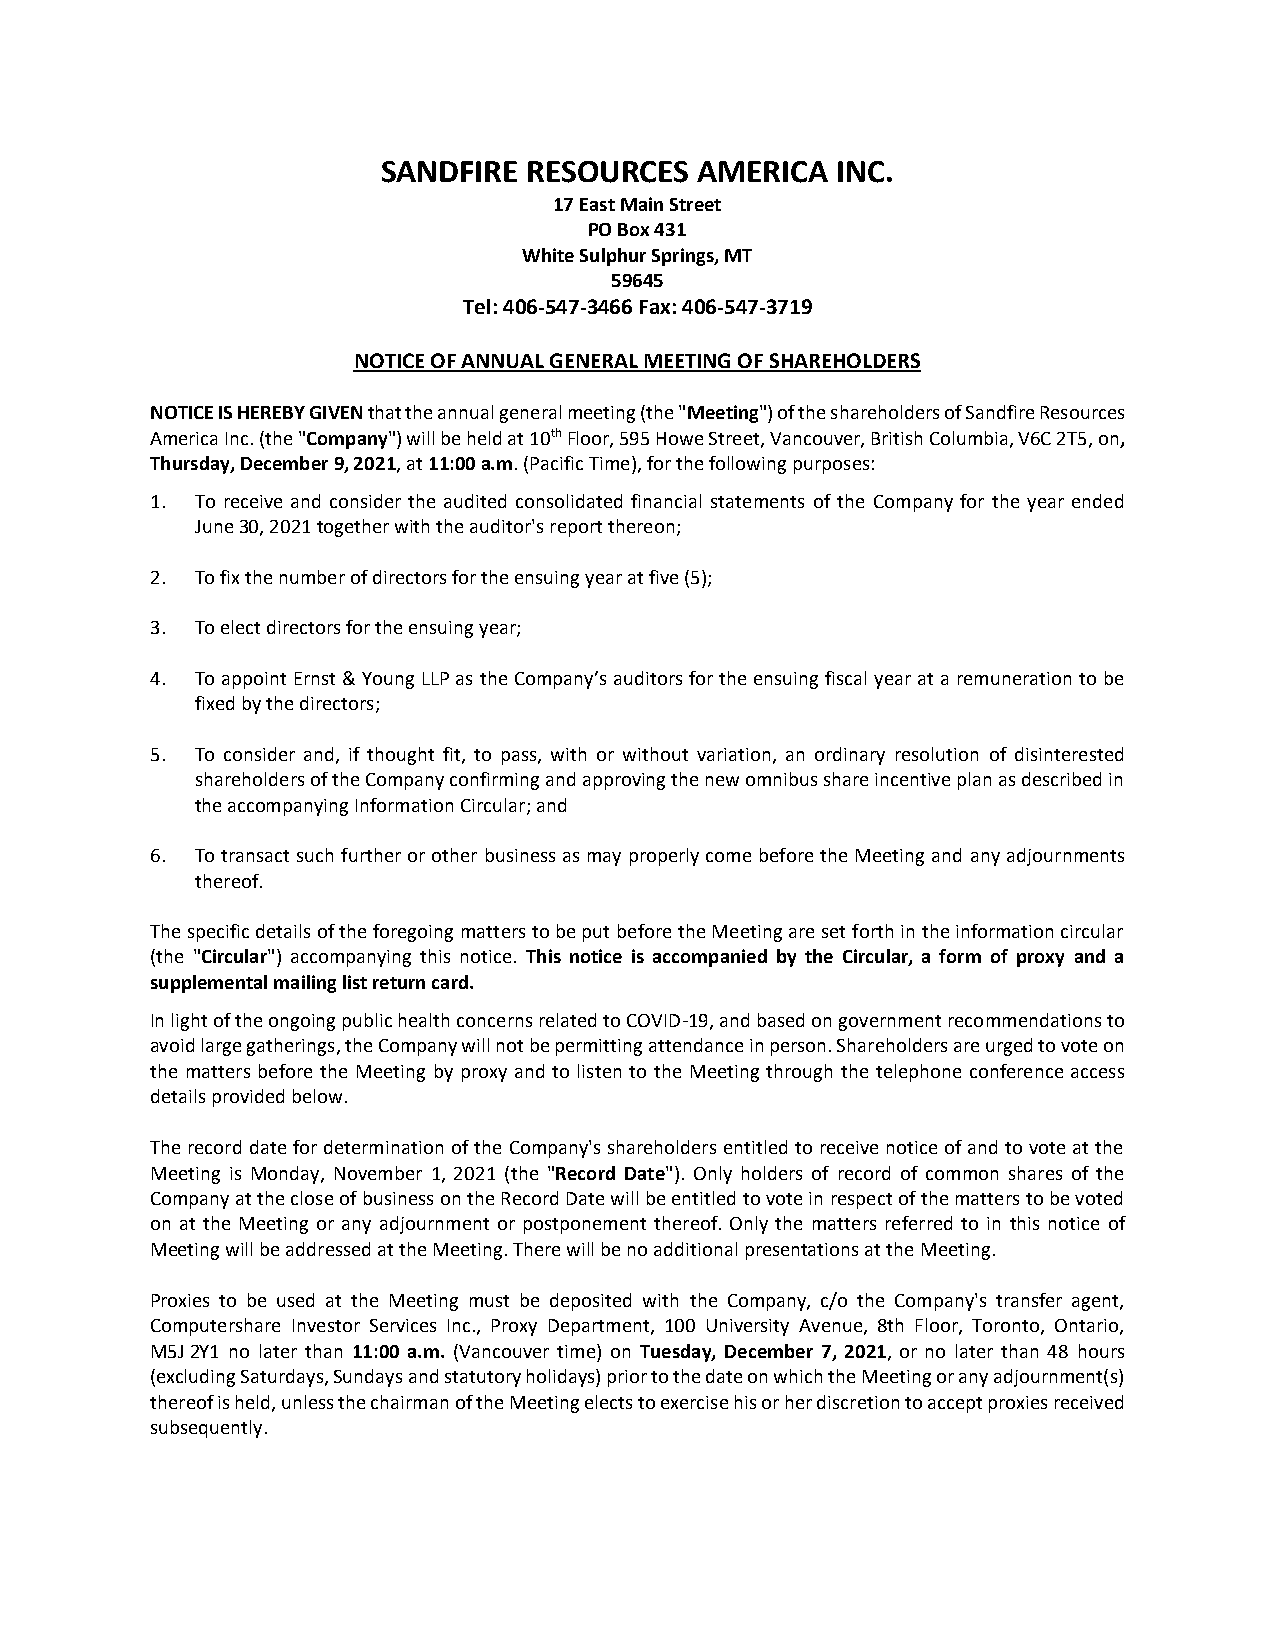
SANDFIRE  RESOURCES  AMERICA  INC.
 17 East Main Street
 PO Box 431
 White Sulphur Springs, MT
 59645
 Tel: 406-547-3466 Fax: 406-547-3719
 NOTICE OF ANNUAL GENERAL MEETING OF SHAREHOLDERS
 NOTICE IS HEREBY GIVEN that the annual general meeting (the "Meeting") of the shareholders of Sandfire Resources
 America Inc. (the "Company") will be held at 10th Floor, 595 Howe Street, Vancouver, British Columbia, V6C 2T5, on,
 Thursday, December 9, 2021, at 11:00 a.m. (Pacific Time), for the following purposes:
 1. To receive and consider the audited consolidated financial statements of the Company for the year ended
 June 30, 2021 together with the auditor's report thereon;
 2. To fix the number of directors for the ensuing year at five (5);
 3. To elect directors for the ensuing year;
 4. To appoint Ernst & Young LLP as the Company’s auditors for the ensuing fiscal year at a remuneration to be
 fixed by the directors;
 5. To consider and, if thought fit, to pass, with or without variation, an ordinary resolution of disinterested
 shareholders of the Company confirming and approving the new omnibus share incentive plan as described in
 the accompanying Information Circular; and
 6. To transact such further or other business as may properly come before the Meeting and any adjournments
 thereof.
 The specific details of the foregoing matters to be put before the Meeting are set forth in the information circular
 (the "Circular") accompanying this notice. This notice is accompanied by the Circular, a form of proxy and a
 supplemental mailing list return card.
 In light of the ongoing public health concerns related to COVID-19, and based on government recommendations to
 avoid large gatherings, the Company will not be permitting attendance in person. Shareholders are urged to vote on
 the matters before the Meeting by proxy and to listen to the Meeting through the telephone conference access
 details provided below.
 The record date for determination of the Company's shareholders entitled to receive notice of and to vote at the
 Meeting is Monday, November 1, 2021 (the "Record Date"). Only holders of record of common shares of the
 Company at the close of business on the Record Date will be entitled to vote in respect of the matters to be voted
 on at the Meeting or any adjournment or postponement thereof. Only the matters referred to in this notice of
 Meeting will be addressed at the Meeting. There will be no additional presentations at the Meeting.
 Proxies to be used at the Meeting must be deposited with the Company, c/o the Company's transfer agent,
 Computershare Investor Services Inc., Proxy Department, 100 University Avenue, 8th Floor, Toronto, Ontario,
 M5J 2Y1 no later than 11:00 a.m. (Vancouver time) on Tuesday, December 7, 2021, or no later than 48 hours
 (excluding Saturdays, Sundays and statutory holidays) prior to the date on which the Meeting or any adjournment(s)
 thereof is held, unless the chairman of the Meeting elects to exercise his or her discretion to accept proxies received
 subsequently.